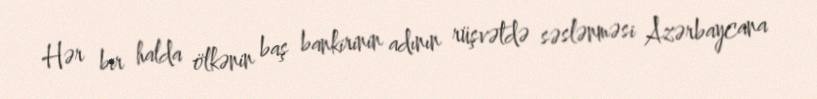
Hər bir halda ölkənin baş bankirinin adının rüşvətdə səslənməsi Azərbaycana